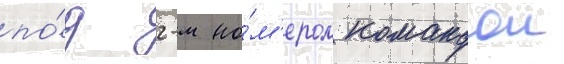
по́д 2-м но́м'ером командои